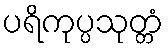
ပရိကုပ္ပသုတ္တံ